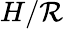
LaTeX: H/\mathcal{R}